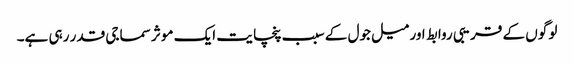
لو گوں کے قریبی روابط اور میل جول کے سبب پنچا یت ایک موثر سماجی قدر رہی ہے۔